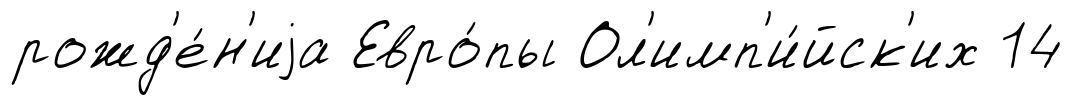
рожд'е́н'иjа Евро́пы Ол'имп'и́йск'их 14